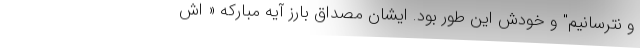
و نترسانیم" و خودش این طور بود. ایشان مصداق بارز آیه مبارکه « اَش